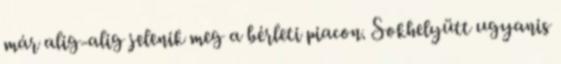
már alig-alig jelenik meg a bérleti piacon. Sokhelyütt ugyanis